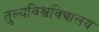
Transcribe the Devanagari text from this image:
तुल्यविश्वविद्यालय